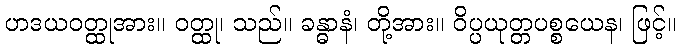
ဟဒယဝတ္ထုအား။ ဝတ္ထု၊ သည်။ ခန္ဓာနံ၊ တို့အား။ ဝိပ္ပယုတ္တပစ္စယေန၊ ဖြင့်။